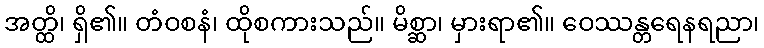
အတ္ထိ၊ ရှိ၏။ တံဝစနံ၊ ထိုစကားသည်။ မိစ္ဆာ၊ မှားရာ၏။ ဝေဿန္တရေနရညာ၊